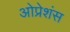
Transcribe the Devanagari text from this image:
ओप्रेशंस